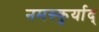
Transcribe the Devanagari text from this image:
नमस्कुर्याद्